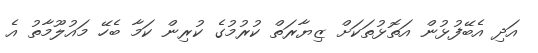
އަދި އެބޭފުޅުން އަތޮޅުތަކަށް ޒިޔާރަތް ކުރުމުގެ ކުރިން ކަމާ ބެހޭ މައުލޫމާތު އެ